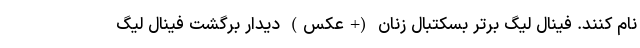
نام کنند. فینال لیگ برتر بسکتبال زنان (+عکس) دیدار برگشت فینال لیگ